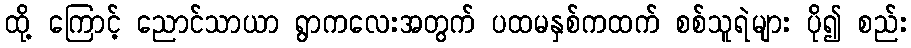
ထို့ ကြောင့် ညောင်သာယာ ရွာကလေးအတွက် ပထမနှစ်ကထက် စစ်သူရဲများ ပို၍ စည်း